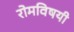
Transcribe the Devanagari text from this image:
रोमविषयी